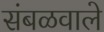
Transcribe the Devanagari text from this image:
संबळवाले